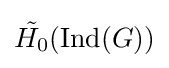
{\tilde {H_{0}}}({\text{Ind}}(G))